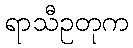
ရာသီဥတုက